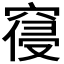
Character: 𮄊